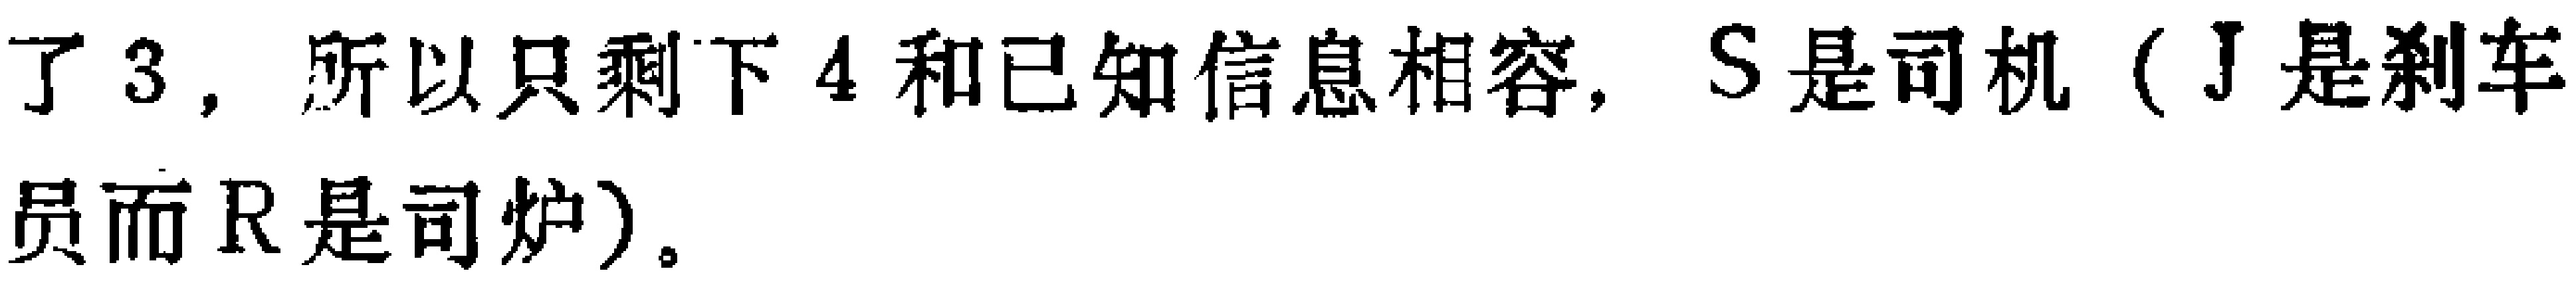
了 3，所以只剩下 4 和已知信息相容, S 是司机（J 是刹车员而 R 是司炉）。